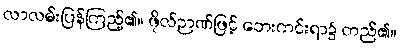
လာလမ်းပြန်ကြည့်၏။ ဖိုလ်ဉာဏ်ဖြင့် ဘေးကင်းရာ၌ တည်၏။